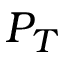
P _ { T }